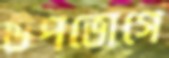
উপভোগে